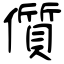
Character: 儨